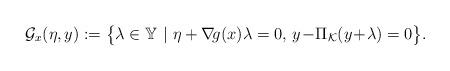
LaTeX: \begin{align*} \mathcal{G}_{x}(\eta,y):=\big\{\lambda\in\mathbb{Y}\ |\ \eta + \nabla\!g(x)\lambda=0,\, y\!-\!\Pi_{\mathcal{K}}(y\!+\!\lambda)=0\big\}. \end{align*}